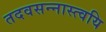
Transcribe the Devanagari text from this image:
तदवसन्नास्त्वयि